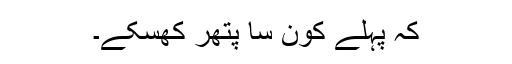
کہ پہلے کون سا پتھر کھسکے۔